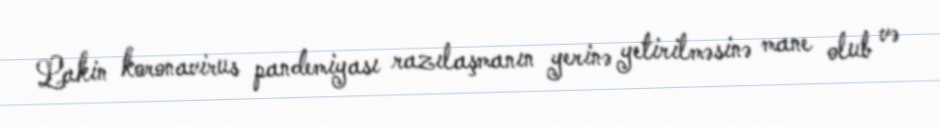
Lakin koronavirus pandemiyası razılaşmanın yerinə yetirilməsinə mane olub və